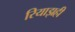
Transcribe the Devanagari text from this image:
रियाझही